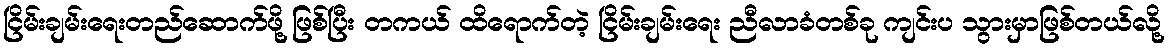
ငြိမ်းချမ်းရေးတည်ဆောက်ဖို့ ဖြစ်ပြီး တကယ် ထိရောက်တဲ့ ငြိမ်းချမ်းရေး ညီလာခံတစ်ခု ကျင်းပ သွားမှာဖြစ်တယ်လို့